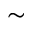
\sim